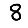
Digit: 8